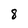
Character: 8